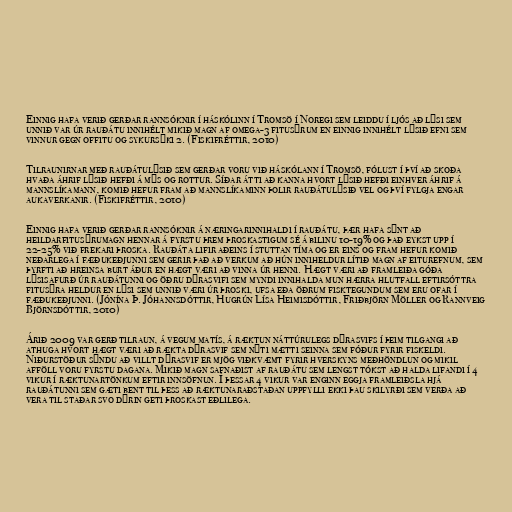
Einnig hafa verið gerðar rannsóknir í háskólinn í Tromsö í Noregi sem leiddu í ljós að lýsi sem
unnið var úr rauðátu innihélt mikið magn af omega-3 fitusýrum en einnig innihélt lýsið efni sem
vinnur gegn offitu og sykursýki 2. (Fiskifréttir, 2010)

Tilraunirnar með rauðátulýsið sem gerðar voru við háskólann í Tromsö, fólust í því að skoða
hvaða áhrif lýsið hefði á mýs og rottur. Síðar átti að kanna hvort lýsið hefði einhver áhrif á
mannslíkamann, komið hefur fram að mannslíkaminn þolir rauðátulýsið vel og því fylgja engar
aukaverkanir. (Fiskifréttir, 2010)

Einnig hafa verið gerðar rannsóknir á næringarinnihaldi í rauðátu, þær hafa sýnt að
heildarfitusýrumagn hennar á fyrstu þrem þroskastigum sé á bilinu 10-19% og það eykst upp í
22-25% við frekari þroska. Rauðáta lifir aðeins í stuttan tíma og er eins og fram hefur komið
neðarlega í fæðukeðjunni sem gerir það að verkum að hún inniheldur lítið magn af eiturefnum, sem
þyrfti að hreinsa burt áður en hægt væri að vinna úr henni. Hægt væri að framleiða góða
lýsisafurð úr rauðátunni og öðru dýrasvifi sem myndi innihalda mun hærra hlutfall eftirsóttra
fitusýra heldur en lýsi sem unnið væri úr þroski, ufsa eða öðrum fisktegundum sem eru ofar í
fæðukeðjunni. (Jónína Þ. Jóhannsdóttir, Hugrún Lísa Heimisdóttir, Friðbjörn Möller og Rannveig
Björnsdóttir, 2010)

Árið 2009 var gerð tilraun, á vegum matís, á ræktun náttúrulegs dýrasvifs í þeim tilgangi að
athuga hvort hægt væri að rækta dýrasvif sem nýti mætti seinna sem fóður fyrir fiskeldi.
Niðurstöður sýndu að villt dýrasvif er mjög viðkvæmt fyrir hverskyns meðhöndlun og mikil
afföll voru fyrstu dagana. Mikið magn safnaðist af rauðátu sem lengst tókst að halda lifandi í 4
vikur í ræktunartönkum eftir innsöfnun. Í þessar 4 vikur var enginn eggja framleiðsla hjá
rauðátunni sem gæti bent til þess að ræktunaraðstaðan uppfylli ekki þau skilyrði sem verða að
vera til staðar svo dýrin geti þroskast eðlilega.